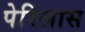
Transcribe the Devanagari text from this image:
पेरिलास